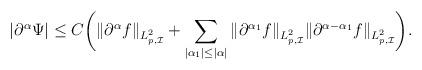
LaTeX: \begin{align*}|\partial^\alpha \Psi|&\le C\biggl(\|\partial^\alpha f\|_{L^2_{p,\mathcal{I}}}+ \sum_{|{\alpha_1}|\le |\alpha|}\|\partial^{\alpha_1} f\|_{L^2_{p,\mathcal{I}}}\|\partial^{\alpha-\alpha_1}f\|_{L^2_{p,\mathcal{I}}}\biggl).\end{align*}